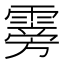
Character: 䨦